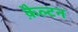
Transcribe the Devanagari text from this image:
क़ैल्टन